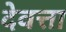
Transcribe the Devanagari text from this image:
देवत्ता